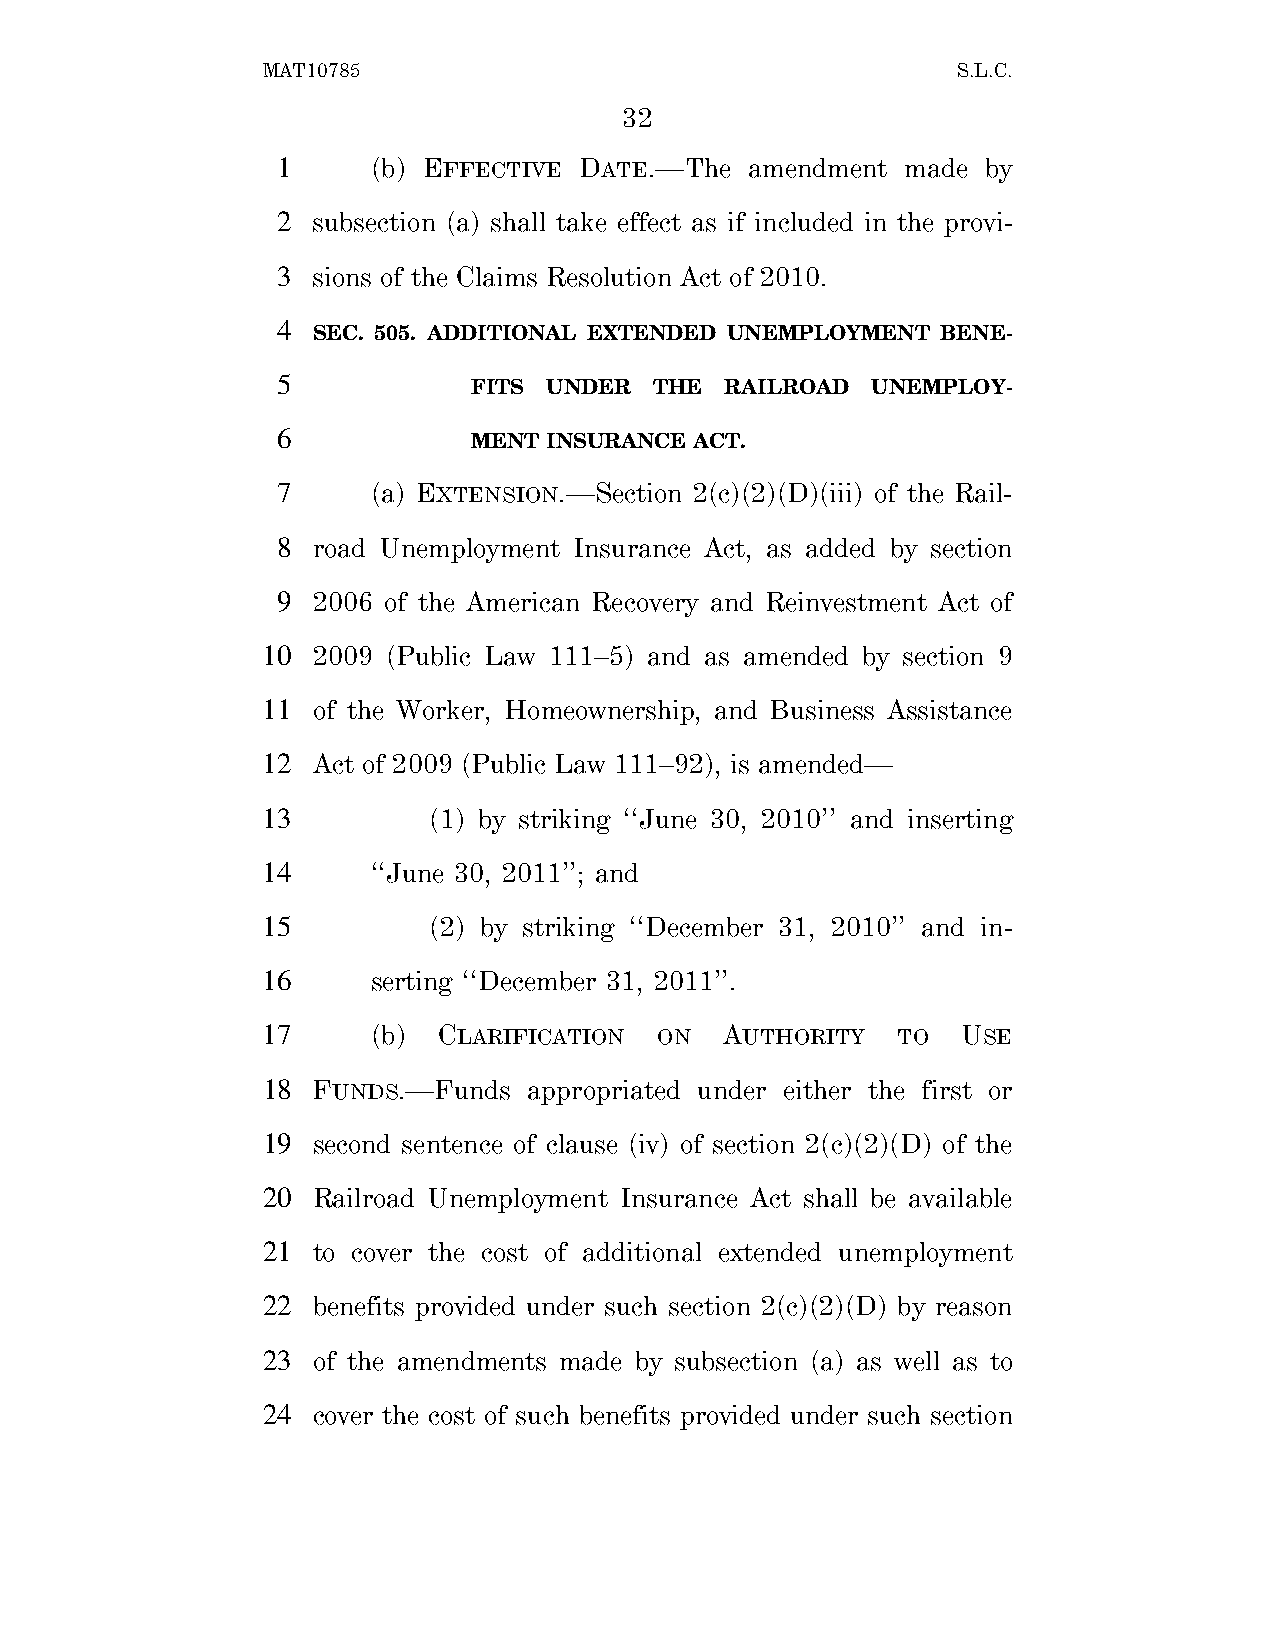
MAT10785                                      S.L.C.
 32
 1      (b) EFFECTIVE DATE.—The  amendment made by
 2  subsection (a) shall take effect as if included in the provi-
 3  sions of the Claims Resolution Act of 2010.
 4
 SEC. 505. ADDITIONAL EXTENDED UNEMPLOYMENT BENE-
 5
 FITS UNDER  THE  RAILROAD  UNEMPLOY-
 6
 MENT INSURANCE ACT.
 7      (a) EXTENSION.—Section 2(c)(2)(D)(iii) of the Rail-
 8  road Unemployment Insurance Act, as added by section
 9  2006 of the American Recovery and Reinvestment Act of
 10  2009 (Public Law 111–5) and as amended by section 9
 11  of the Worker, Homeownership, and Business Assistance
 12  Act of 2009 (Public Law 111–92), is amended—
 13         (1) by striking ‘‘June 30, 2010’’ and inserting
 14      ‘‘June 30, 2011’’; and
 15         (2) by striking ‘‘December 31, 2010’’ and in-
 16      serting ‘‘December 31, 2011’’.
 17      (b) CLARIFICATION  ON  AUTHORITY  TO   USE
 18  FUNDS.—Funds  appropriated under either the first or
 19  second sentence of clause (iv) of section 2(c)(2)(D) of the
 20  Railroad Unemployment Insurance Act shall be available
 21  to cover the cost of additional extended unemployment
 22  benefits provided under such section 2(c)(2)(D) by reason
 23  of the amendments made by subsection (a) as well as to
 24  cover the cost of such benefits provided under such section